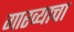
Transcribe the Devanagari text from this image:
गारव्याचा